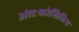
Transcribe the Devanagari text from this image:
अंतःकोशिकिय